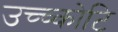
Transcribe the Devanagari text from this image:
उच्च्कोटि